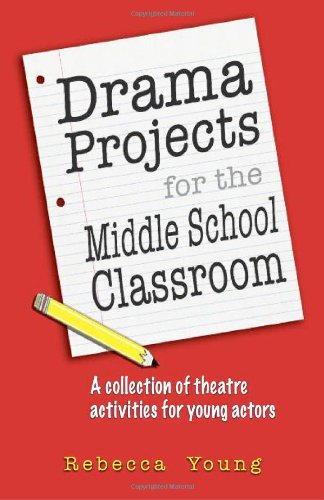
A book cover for Drama Projects for the Middle School Classroom: A Collection of Theatre Activities for Young Actors; Rebecca Young; Humor & Entertainment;